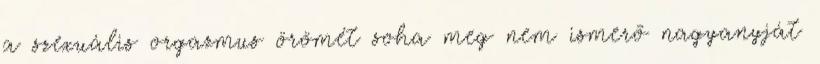
a szexuális orgazmus örömét soha meg nem ismerõ nagyanyját